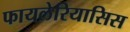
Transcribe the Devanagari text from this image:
फायलेरियासिस